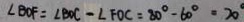
\angle B O F = \angle B O C - \angle F O C = 8 0 ^ { \circ } - 6 0 ^ { \circ } = 2 0 ^ { \circ }